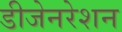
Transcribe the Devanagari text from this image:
डीजेनरेशन